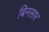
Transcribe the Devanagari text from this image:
बिनसार